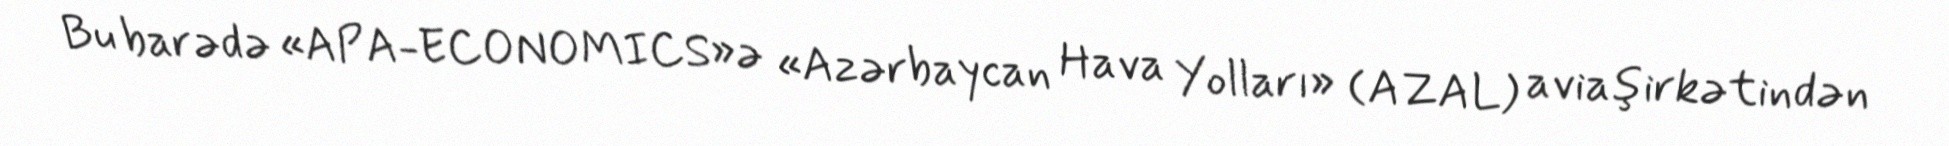
Bu barədə «APA-ECONOMICS»ə «Azərbaycan Hava Yolları» (AZAL) aviaşirkətindən